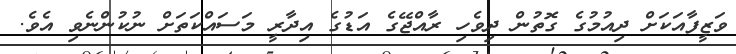
ވަޒީފާއަކަށް ދިއުމުގެ ގޮތުން ދިވެހި ރާއްޖޭގެ އަޑުގެ އިދާރީ މަސައްކަތަށް ނުކުންނެވި އެވެ.